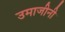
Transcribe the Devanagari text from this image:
उमाजीनी